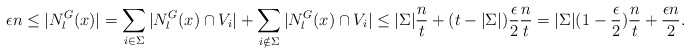
\begin{align*}\epsilon n \leq |N^G_l(x)|= \sum_{i\in \Sigma} |N_l^G(x)\cap V_i|+\sum_{i\notin \Sigma} |N_l^G(x)\cap V_i| \leq |\Sigma|\frac{n}{t} + (t-|\Sigma|)\frac{\epsilon}{2}\frac{n}{t}= |\Sigma|(1-\frac{\epsilon}{2})\frac{n}{t} + \frac{\epsilon n }{2}.\end{align*}